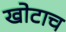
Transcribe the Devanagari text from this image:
खोटाच